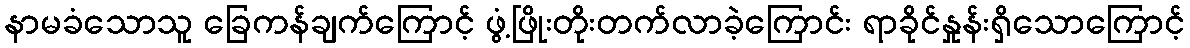
နာမခံသောသူ ခြေကန်ချက်ကြောင့် ဖွံ့ဖြိုးတိုးတက်လာခဲ့ကြောင်း ရာခိုင်နှုန်းရှိသောကြောင့်